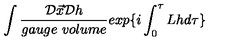
\int \frac { { \cal D } \vec { x } { \cal D } h } { g a u g e \ v o l u m e } e x p \{ i \int _ { 0 } ^ { \tau } L h d \tau \}